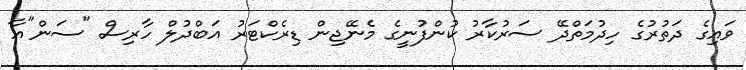
ވައިގެ ދަތުރުގެ ހިދުމަތްދޭ ސަރުކާރު ކުންފުނީގެ މެނޭޖިން ޑިރެކްޓަރު އަބްދުލް ހާރިސް "ސަން"އާ